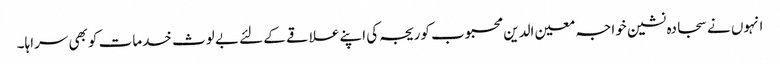
انہوں نے سجادہ نشین خواجہ معین الدین محبوب کوریجہ کی اپنے علاقے کے لئے بے لوث خدمات کو بھی سراہا۔